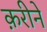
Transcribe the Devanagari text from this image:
क़रीने